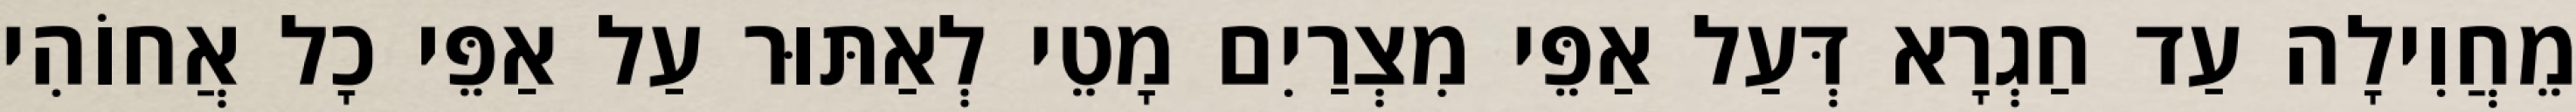
מֵחֲוִילָה עַד חַגְרָא דְּעַל אַפֵּי מִצְרַיִם מָטֵי לְאַתּוּר עַל אַפֵּי כָל אֲחוֹהִי